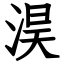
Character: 淏